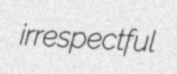
irrespectful